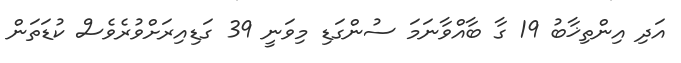
އަދި އިންތިޚާބު 19 ގާ ބާއްވާނަމަ ސުންގަޑި މިވަނީ 39 ގަޑިއިރަށްވުރެވެސް ކުޑަތަން